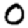
Digit: 0